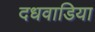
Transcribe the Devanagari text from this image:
दधवाडिया